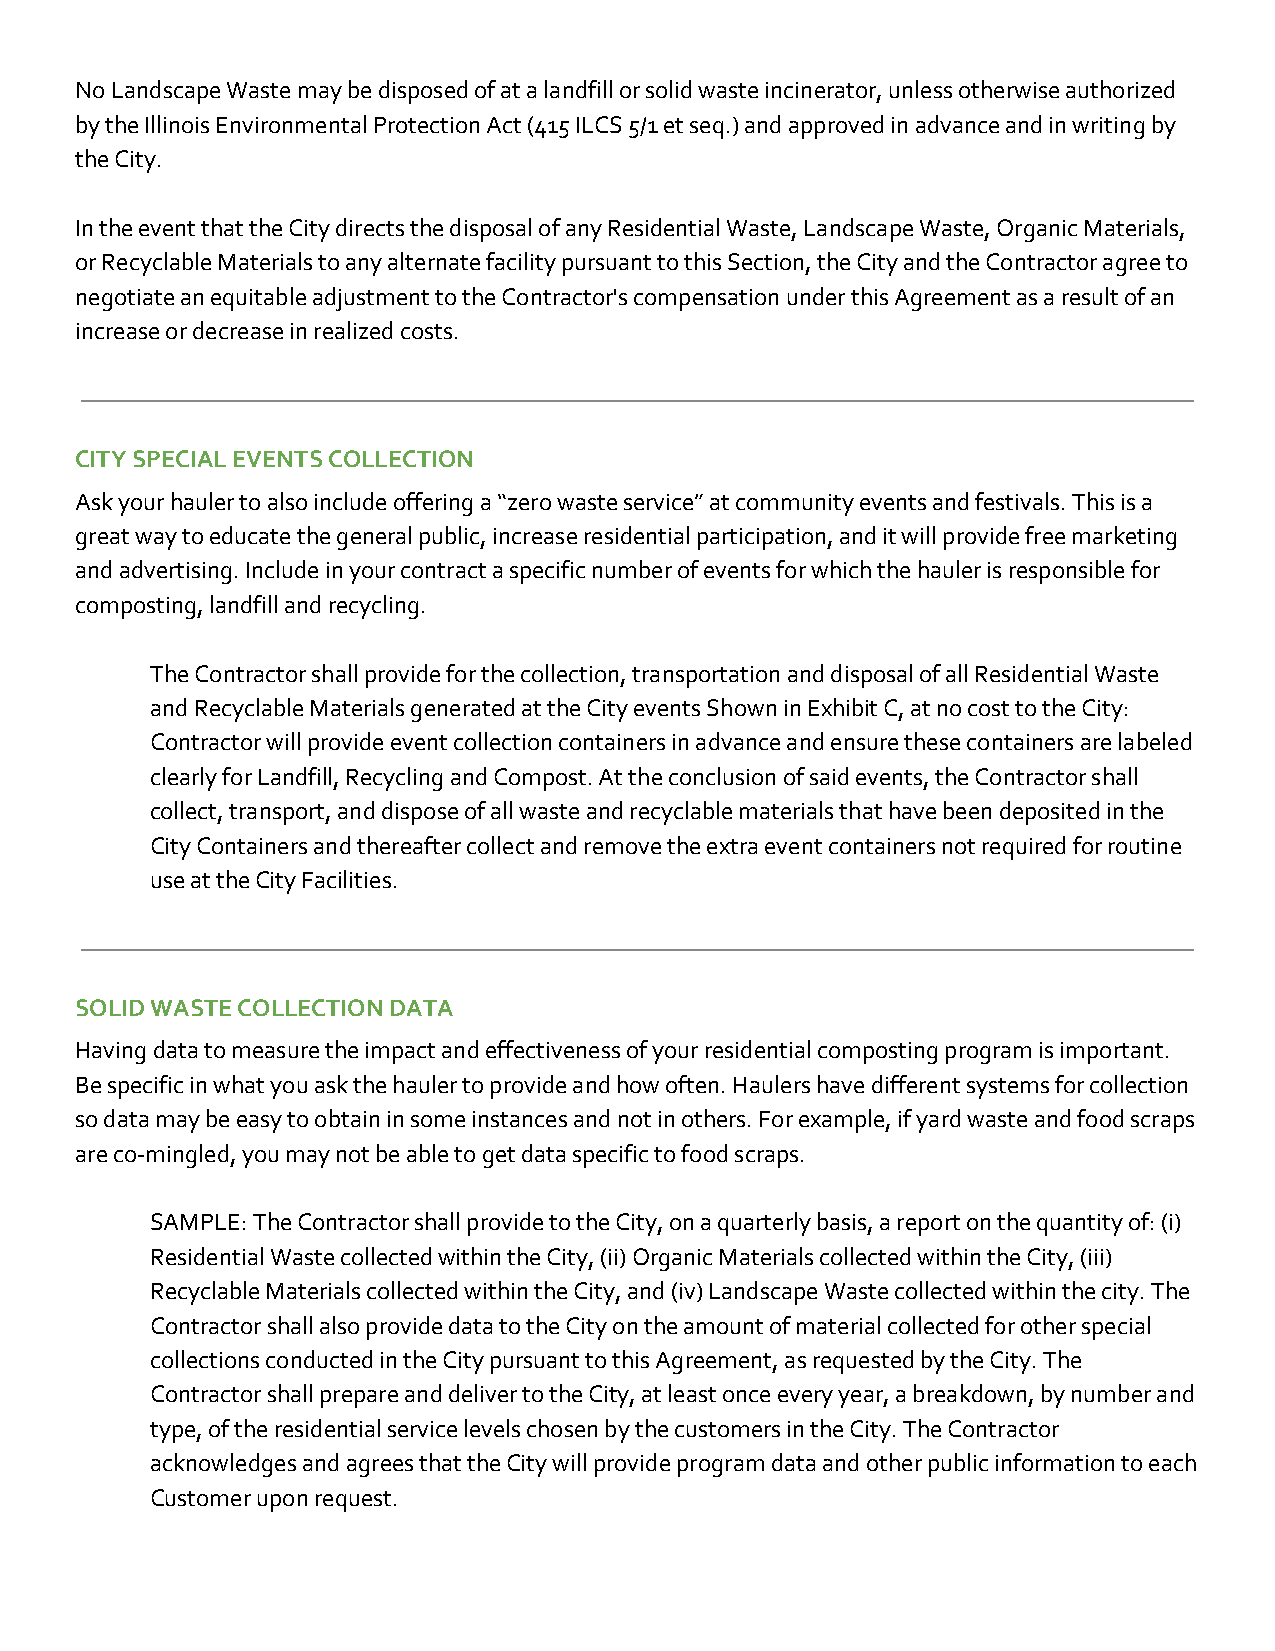
No Landscape Waste may be disposed of at a landfill or solid waste incinerator, unless otherwise authorized
 by the Illinois Environmental Protection Act (415 ILCS 5/1 et seq.) and approved in advance and in writing by
 the City.
 In the event that the City directs the disposal of any Residential Waste, Landscape Waste, Organic Materials,
 or Recyclable Materials to any alternate facility pursuant to this Section, the City and the Contractor agree to
 negotiate an equitable adjustment to the Contractor's compensation under this Agreement as a result of an
 increase or decrease in realized costs.
 CITY SPECIAL EVENTS COLLECTION
 Ask your hauler to also include offering a “zero waste service” at community events and festivals. This is a
 great way to educate the general public, increase residential participation, and it will provide free marketing
 and advertising. Include in your contract a specific number of events for which the hauler is responsible for
 composting, landfill and recycling.
 The Contractor shall provide for the collection, transportation and disposal of all Residential Waste
 and Recyclable Materials generated at the City events Shown in Exhibit C, at no cost to the City:
 Contractor will provide event collection containers in advance and ensure these containers are labeled
 clearly for Landfill, Recycling and Compost. At the conclusion of said events, the Contractor shall
 collect, transport, and dispose of all waste and recyclable materials that have been deposited in the
 City Containers and thereafter collect and remove the extra event containers not required for routine
 use at the City Facilities.
 SOLID WASTE COLLECTION DATA
 Having data to measure the impact and effectiveness of your residential composting program is important.
 Be specific in what you ask the hauler to provide and how often. Haulers have different systems for collection
 so data may be easy to obtain in some instances and not in others. For example, if yard waste and food scraps
 are co-mingled, you may not be able to get data specific to food scraps.
 SAMPLE: The Contractor shall provide to the City, on a quarterly basis, a report on the quantity of: (i)
 Residential Waste collected within the City, (ii) Organic Materials collected within the City, (iii)
 Recyclable Materials collected within the City, and (iv) Landscape Waste collected within the city. The
 Contractor shall also provide data to the City on the amount of material collected for other special
 collections conducted in the City pursuant to this Agreement, as requested by the City. The
 Contractor shall prepare and deliver to the City, at least once every year, a breakdown, by number and
 type, of the residential service levels chosen by the customers in the City. The Contractor
 acknowledges and agrees that the City will provide program data and other public information to each
 Customer upon request.